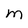
Character: m